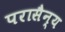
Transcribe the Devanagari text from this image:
परासैन्य